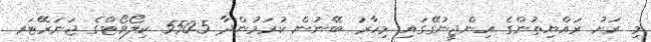
މި ރަށު ރައްޔިތުންގެ އިންޖީނުގޭގައި މިހާރު ބޭނުން ކުރަމުންދާ 550.5 ކިލޯވޯޓްގެ ޖަނަރޭޓަރ